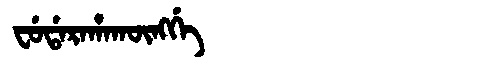
Manchu: ᠸᡠᡩᠠᡵᠠᡥᠠᡴᡡᠩᡤᡝ
Romanization: FUDARAHAKŪNGGE